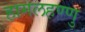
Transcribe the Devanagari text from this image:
हागलहण्णु